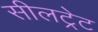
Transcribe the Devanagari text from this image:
सीलट्रेट